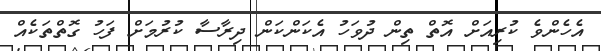
އެހެންވެ ކުރިއަށް އޮތް ތިން ދުވަހު އެކަންކަން ދިރާސާ ކުރުމަށް ފަހު ގޮތްތަކެއް